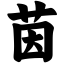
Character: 茵